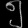
Digit: ၅